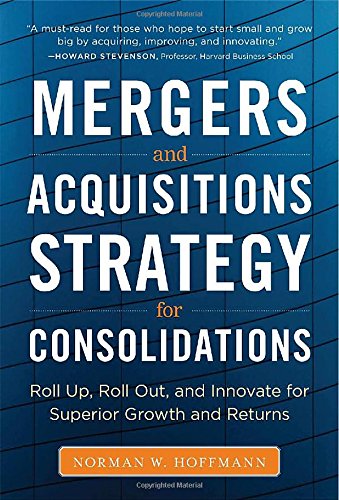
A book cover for Mergers and Acquisitions Strategy for Consolidations:  Roll Up, Roll Out and Innovate for Superior Growth and Returns; Norman W. Hoffmann; Business & Money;